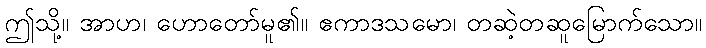
ဤသို့။ အာဟ၊ ဟောတော်မူ၏။ ဧကာဒသမော၊ တဆဲ့တဆူမြောက်သော။